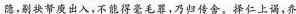
隐，别快帑庚出入，不能得毫毛罪，乃归传舍。择仁上谒，乔